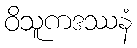
ဝိသူကဒဿနံ